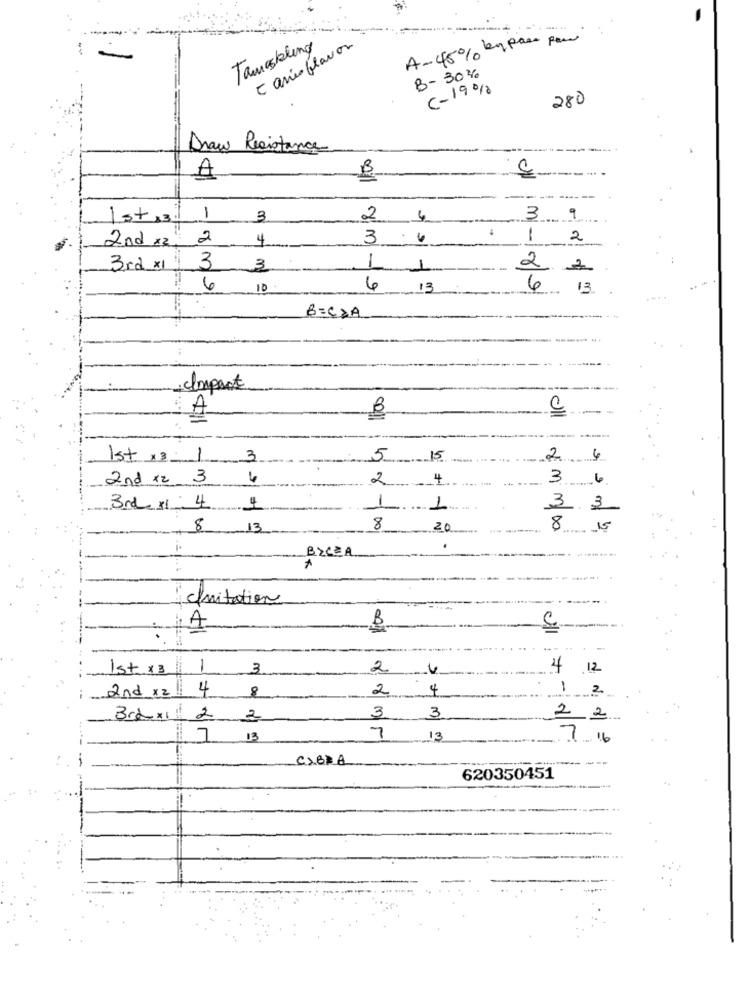
A-45% by pass few
Tamoskling
Canisflavor
B- 30%
C-19%
280
Draw Resistance
A
Ist 13il
1
3
2
4
3
2nd ×2
2
4
3
. .
1
2
1
3rd ×1.
3
-
3
1
-
2.
6
10
4 1
6
13
B=C&A
: Import
A
B
all
----
1st × 3
1
3
5 15
2 . 4
2nd x2 3 4
3 6
2
3rd x1 4
-
3 3
8
13
8
20
8. 15
.
BYCZA
Invitation
B
A
1st x3
1
3
24
4 .12
2nd x2!
4
2
4
1
8
2
BraxIll 2 2
3 3
2 2
7 13
7
13
7.16
C)BRA
620350451